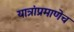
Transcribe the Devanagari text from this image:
यात्रांप्रमाणेच